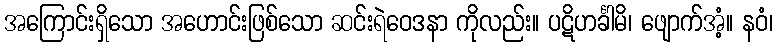
အကြောင်းရှိသော အဟောင်းဖြစ်သော ဆင်းရဲဝေဒနာ ကိုလည်း။ ပဋိဟင်္ခါမိ၊ ဖျောက်အံ့။ နဝံ၊